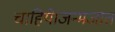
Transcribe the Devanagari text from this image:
चाहिये।जन्मजात